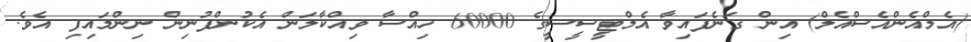
(އެމްއެންއެސްއެލް) އިން ގަނެފައިވާ އެމްޓީސީސީގެ 60000 ހިއްސާ ވިއްކާލަން އެކުންފުނިން ނިންމައިފި އެވެ.